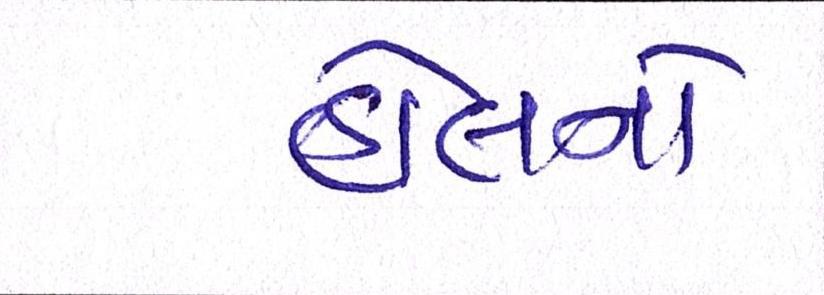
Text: હોલને